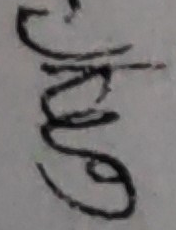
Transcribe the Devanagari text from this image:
हुँ